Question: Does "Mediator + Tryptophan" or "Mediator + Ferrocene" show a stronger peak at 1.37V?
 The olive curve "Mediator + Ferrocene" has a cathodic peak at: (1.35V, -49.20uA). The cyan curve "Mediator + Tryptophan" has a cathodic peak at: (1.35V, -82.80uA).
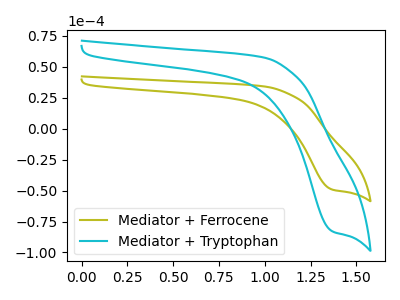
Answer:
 <answer>The peak at 1.37V is higher in "Mediator + Tryptophan" than in "Mediator + Ferrocene".</answer>
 <eval>higher</eval>